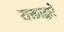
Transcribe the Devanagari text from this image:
राक्ताद्वारे